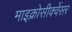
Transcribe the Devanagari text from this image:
माइक्रोसीक्वेंसर